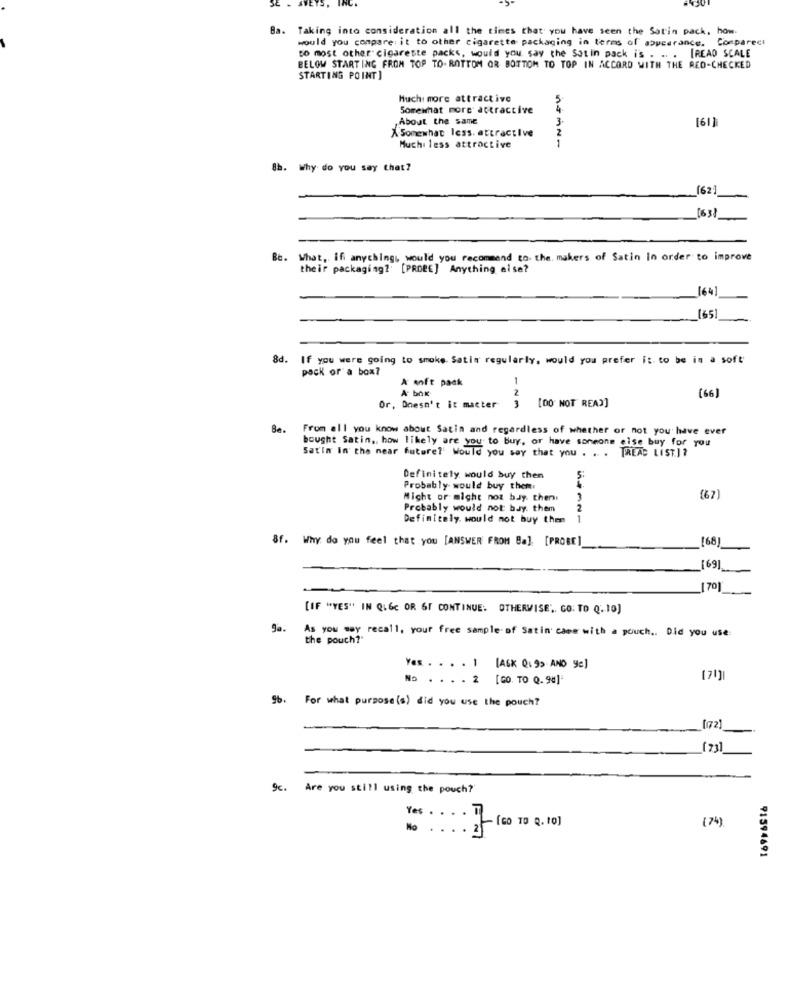
Ba. Taking into consideration all the times that you have seen the Satin pack, how-
would you compare it to other cigarette packaging in terms of appearance. Compareci
to most other" cicareste packs, would you say the Satin pack is . .. . [READ SCALE
BELOW STARTING FROM TOP TO- BOTTOM OR BOTTOM TO TOP IN ACCORD WITH THE RED-CHECKED
STARTING POINT]
Much more attractive
5
Somewhat more attractive
About the same
3
(61)
A Somewhat Icss. attractive
2
Much less attractive
8h. Why do you say that?
(62
[63)
Be.
What, if anythingi, would you recommend to. the. makers of Satin In order to improve
their packaging? [PROBE] Anything else?
[64]
(65)
8d. If you were going to smoke. Satin regularly, would you prefer it to be in a soft
pack or a box?
A enft pack
A box
2
(66)
3
Or, Doesn't it matter
[DO NOT READ]
Se.
From all you know about Satin and regardless of whether or not you have ever
bought Satin, how likely are you to buy, or have someone else buy for you
Satin in the near future?' Would you say that you . . . TREAD LIST.] ?
Definitely would buy then
5
Probably would buy them.
Might or might noz bay. then.
(67)
Probably would not bay. them
2
Definitely. would not buy them
8f. Why do you feel that you [ANSWER FROM Ba]. [PROBE]
[68]
[69]
[IF "YES" IN QIGc OR 6F CONTINUE. OTHERWISE", GO: TO Q. 10)
As you say recall, your free sample of Satin came with a pouch .. Did you use
the pouch?"
.. . . . 1
(AGK Q199 AND ye)
No
. . . 2 [GO. TO Q.94]'
[7]]
9b. For what purpose (s) did you use the pouch?
[172]
( 7)
9c.
Are you still using the pouch?
(74)
Yes .... ] [Go TO Q. 10]
91594691